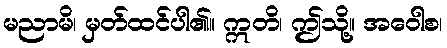
မညာမိ၊ မှတ်ထင်ပါ၏။ ဣတိ၊ ဤသို့။ အဝေါစ၊